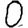
Digit: 0